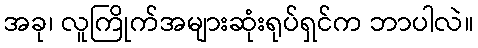
အခု၊ လူကြိုက်အများဆုံးရုပ်ရှင်က ဘာပါလဲ။